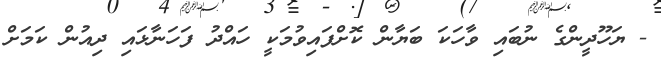
- ޔަހޫދީންގެ ނުބައި ވާހަކަ ބަޔާން ކޮށްފައިވުމަކީ ހައްދު ފަހަނާޅައިި ދިއުން ކަމަށް